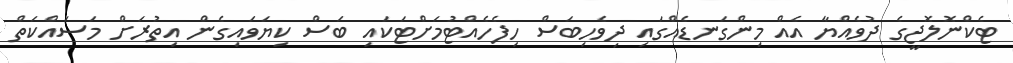
ޓެކްނޮލޮޖީގެ ދުވެއްޔާ އެއް މިންގަނޑެއްގައި ދިވެހިބަސް ހިފެހެއްޓުމަށްޓަކައި ބަސް ކިޔަވައިގެން އިތުރަށް މަސައްކަތް